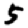
Digit: 5